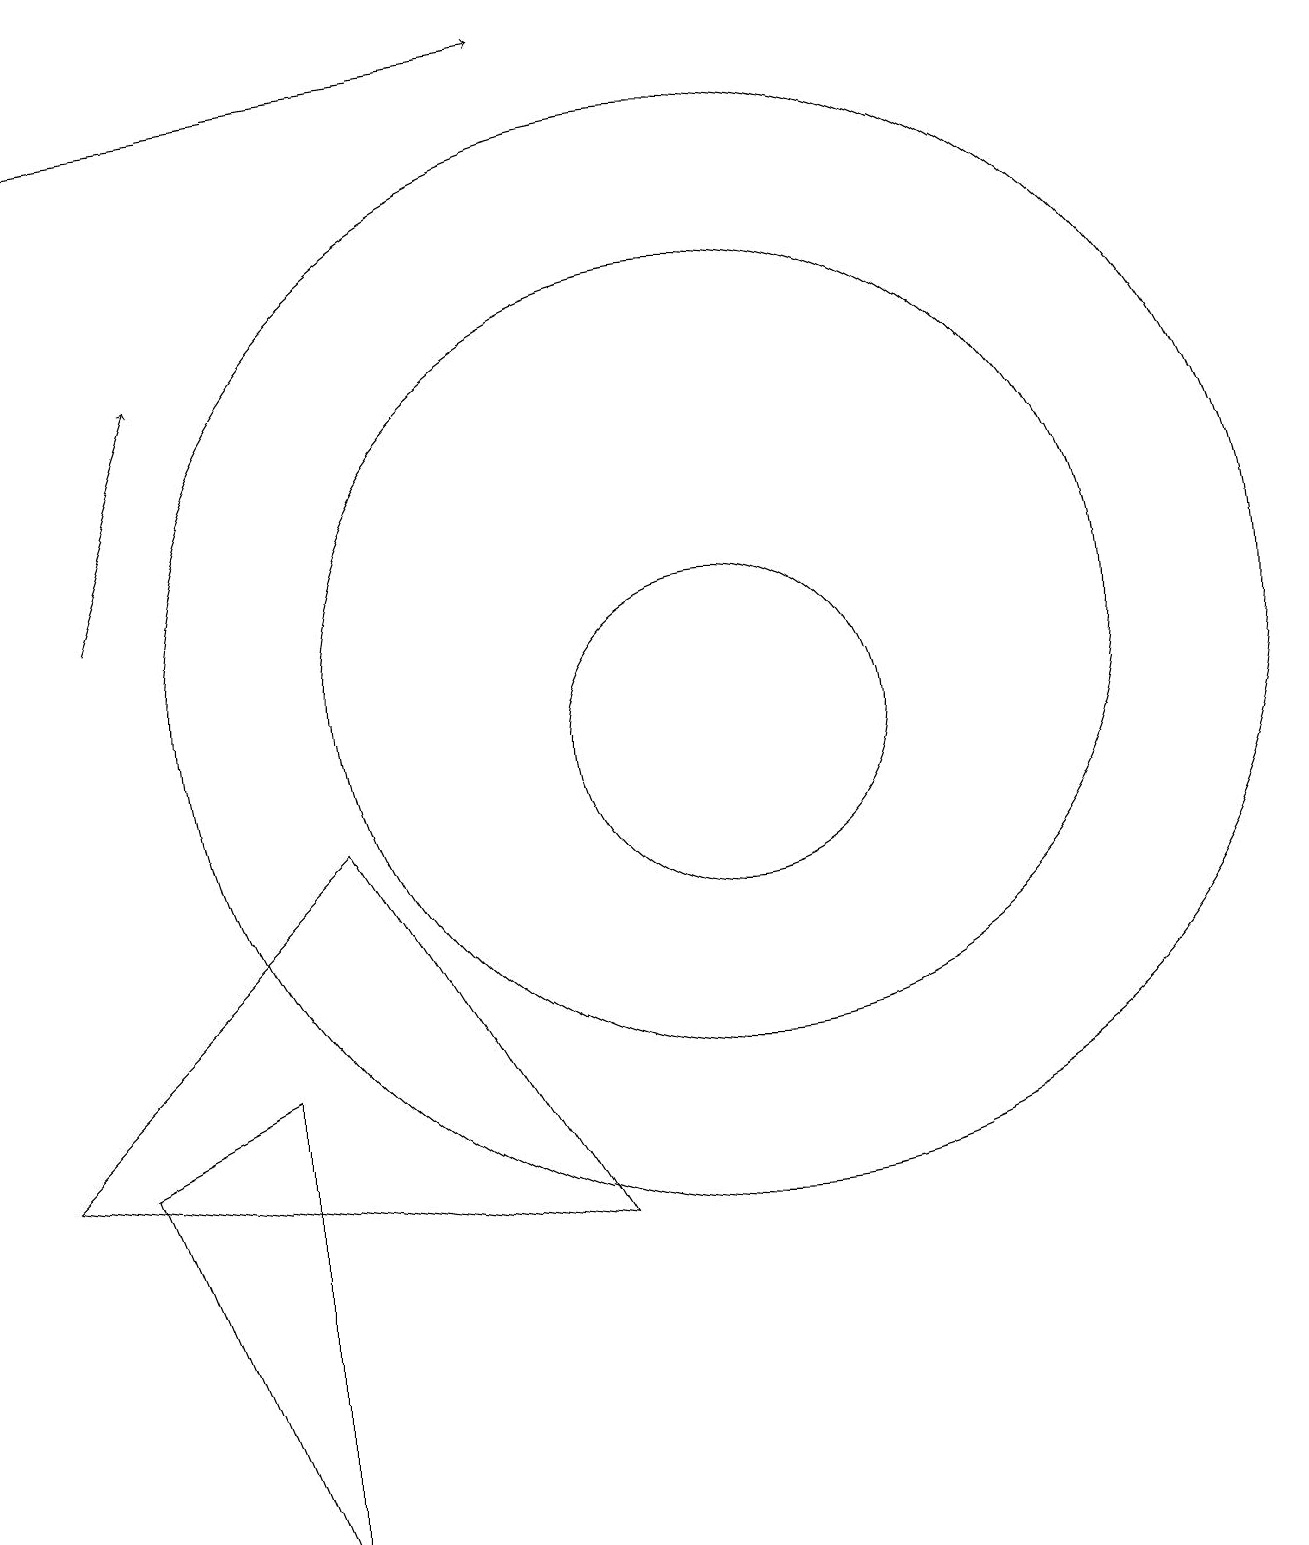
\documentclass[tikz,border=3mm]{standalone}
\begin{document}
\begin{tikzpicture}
\draw (11,11) circle (5);
\draw (9,4) -- (2,5) -- (6,9) -- cycle;
\draw (11,10) circle (2);
\draw[->] (2,18) -- (9,19);
\draw[->] (3,12) -- (4,15);
\draw (5,0) -- (5,6) -- (3,5) -- cycle;
\draw (11,11) circle (7);
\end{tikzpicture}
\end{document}